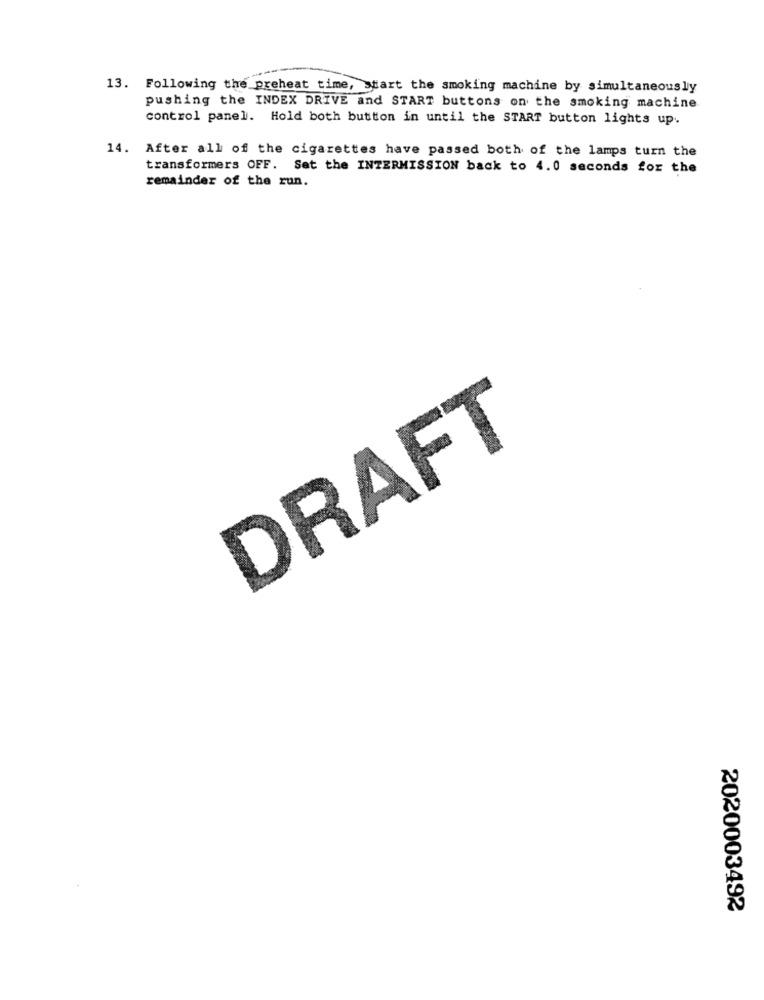
13. Following the preheat time, start the smoking machine by simultaneously
pushing the INDEX DRIVE and START buttons on the smoking machine
control panel. Hold both button in until the START button lights up.
14.
After all of the cigarettes have passed both of the lamps turn the
transformers OFF. Set the INTERMISSION back to 4.0 seconds for the
remainder of the run.
DRAFT
2020003492